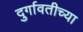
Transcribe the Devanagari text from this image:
दुर्गावतीच्या